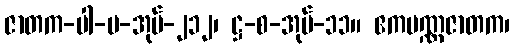
ဇာတက-ပါ-ပ-အုပ်-၂၁၂၊ ဋ္ဌ-စ-အုပ်-၁၁။ ဧကပဏ္ဏဇာတက၊